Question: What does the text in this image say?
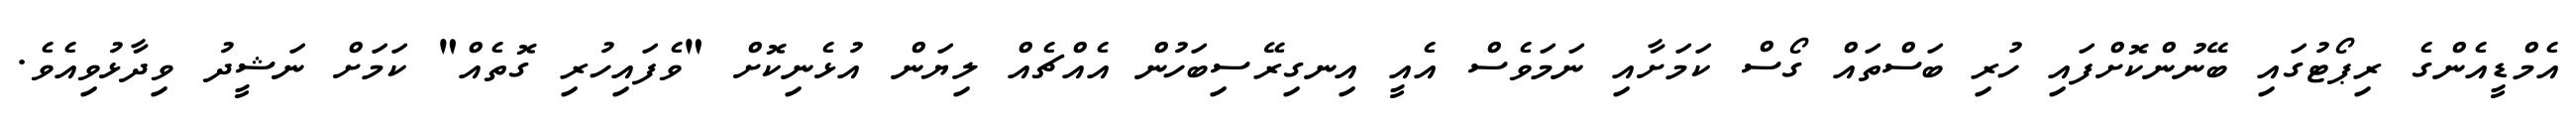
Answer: އެމްޑީއެންގެ ރިޕޯޓުގައި ބޭނުންކޮށްފައި ހުރި ބަސްތައް ގޯސް ކަމަށާއި ނަމަވެސް އެއީ އިނގިރޭސިބަހުން އެއްޗެއް ލިޔަން އުޅެނިކޮށް "ވެފައިހުރި ގޮތެއް" ކަމަށް ނަޝީދު ވިދާޅުވިއެވެ.